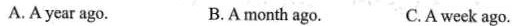
A.A year ago. B.A month ago. C.A week ago.